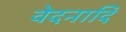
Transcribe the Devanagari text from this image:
वेदनादि